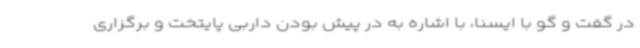
در گفت و گو با ایسنا، با اشاره به در پیش بودن داربی پایتخت و برگزاری